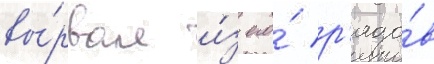
вы́рвал и́з его́ р'ядо́в